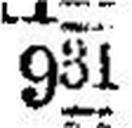
931